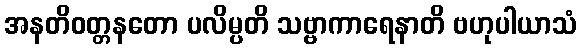
အနတိဝတ္တနတော ပလိမ္ပတိ သဗ္ဗာကာရေနာတိ ဗဟုပါယာသံ